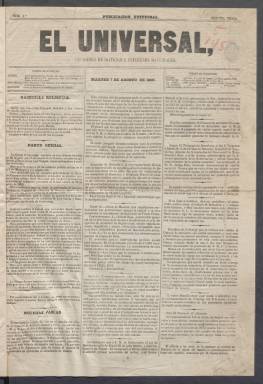
Título: El Universal (Madrid. 1859)
Colección: Periódicos
Ámbito geográfico: Madrid
Lugar de publicación: Madrid
Fechas: 07/08/1860-27/02/1861